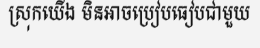
ស្រុកយើង មិនអាចប្រៀបធៀបជាមួយ